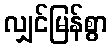
လျှင်မြန်စွာ